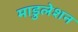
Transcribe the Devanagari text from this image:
माडुलेशन